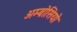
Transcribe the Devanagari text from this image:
अम्ब्रोसियो